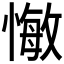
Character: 𢠨